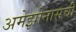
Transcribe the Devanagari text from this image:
अमेझोनासची